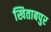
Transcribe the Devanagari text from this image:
खिताबपुर